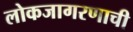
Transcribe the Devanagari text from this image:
लोकजागरणाची